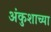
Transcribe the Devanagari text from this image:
अंकुशाच्या